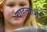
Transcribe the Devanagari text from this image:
चाहत्यांशी